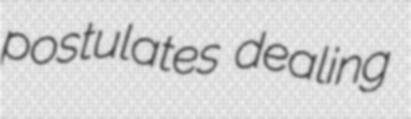
postulates dealing